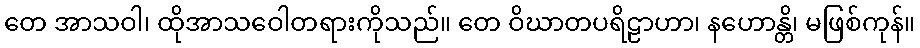
တေ အာသဝါ၊ ထိုအာသဝေါတရားကိုသည်။ တေ ဝိဃာတပရိဠာဟာ၊ နဟောန္တိ၊ မဖြစ်ကုန်။